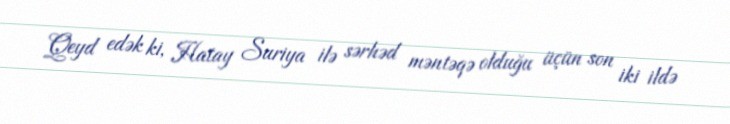
Qeyd edək ki, Hatay Suriya ilə sərhəd məntəqə olduğu üçün son iki ildə